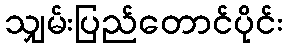
သျှမ်းပြည်တောင်ပိုင်း